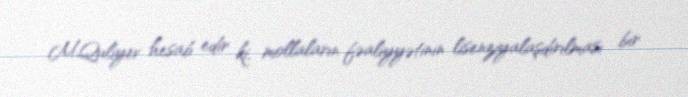
M.Quliyev hesab edir ki, mollaların fəaliyyətinin lisenziyalaşdırılması bir